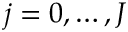
j = 0 , \dots , J